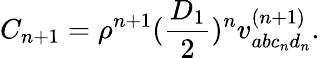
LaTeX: C_{n+1}=\rho^{n+1}(\frac{D_{1}}{2})^{n}v_{abc_{n}d_{n}}^{(n+1)}.